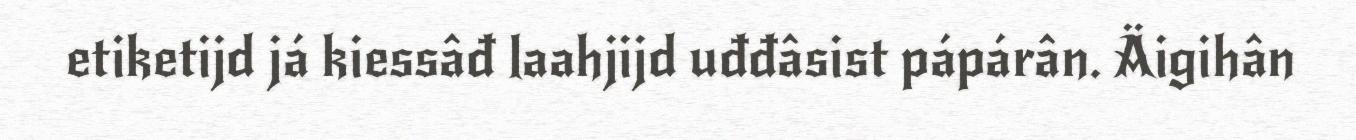
etiketijd já kiessâđ laahjijd uđđâsist pápárân. Äigihân